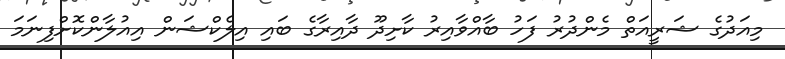
މިއަދުގެ ޝަރީއަތް މެންދުރު ފަހު ބާއްވާއިރު ކާށިދޫ ދާއިރާގެ ބައި އިލެކްޝަން އިއުލާންކޮށްފިނަމަ